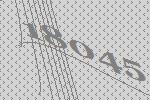
18045